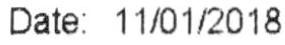
DATE: 11/01/2018